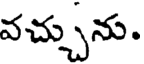
వచ్చును.